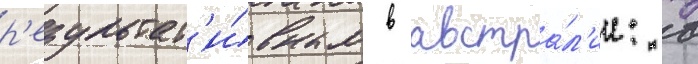
р'езультат'и́вным в австра́л'ии: в